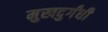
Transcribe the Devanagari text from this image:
मुखदुर्गंधी